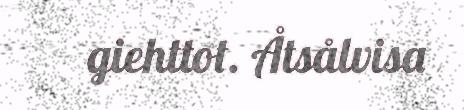
giehttot. Åtsålvisa